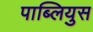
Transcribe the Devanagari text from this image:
पाब्लियुस